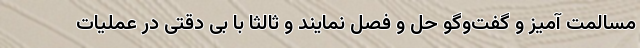
مسالمت آمیز و گفت‌وگو حل و فصل نمایند و ثالثا با بی دقتی در عملیات